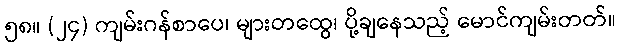
၅၈။ (၂၄) ကျမ်းဂန်စာပေ၊ များတထွေ၊ ပို့ချနေသည့် မောင်ကျမ်းတတ်။